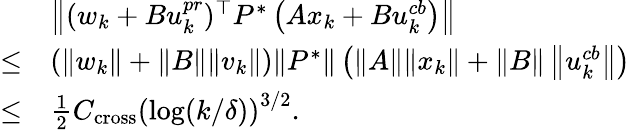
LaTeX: \begin{array}{rl}&{\left\| (w_{k}+Bu_{k}^{pr})^{\top}P^{*}\left(Ax_{k}+Bu_{k}^{cb}\right)\right\| }\\ {\leq}&{(\| w_{k}\| +\| B\| \| v_{k}\| )\| P^{*}\| \left(\| A\| \| x_{k}\| +\| B\| \left\| u_{k}^{cb}\right\| \right)}\\ {\leq}&{\frac{1}{2}C_{\mathrm{cross}}\left(\log(k/\delta)\right)^{3/2}.}\end{array}